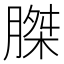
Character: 𮌪